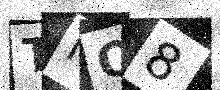
Text: TNO8